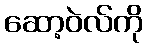
ဆော့ဝဲလ်ကို